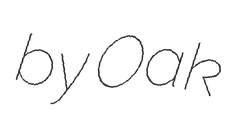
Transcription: by Oak